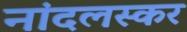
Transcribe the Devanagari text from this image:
नांदलस्कर